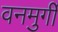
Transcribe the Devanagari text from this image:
वनमुर्गी